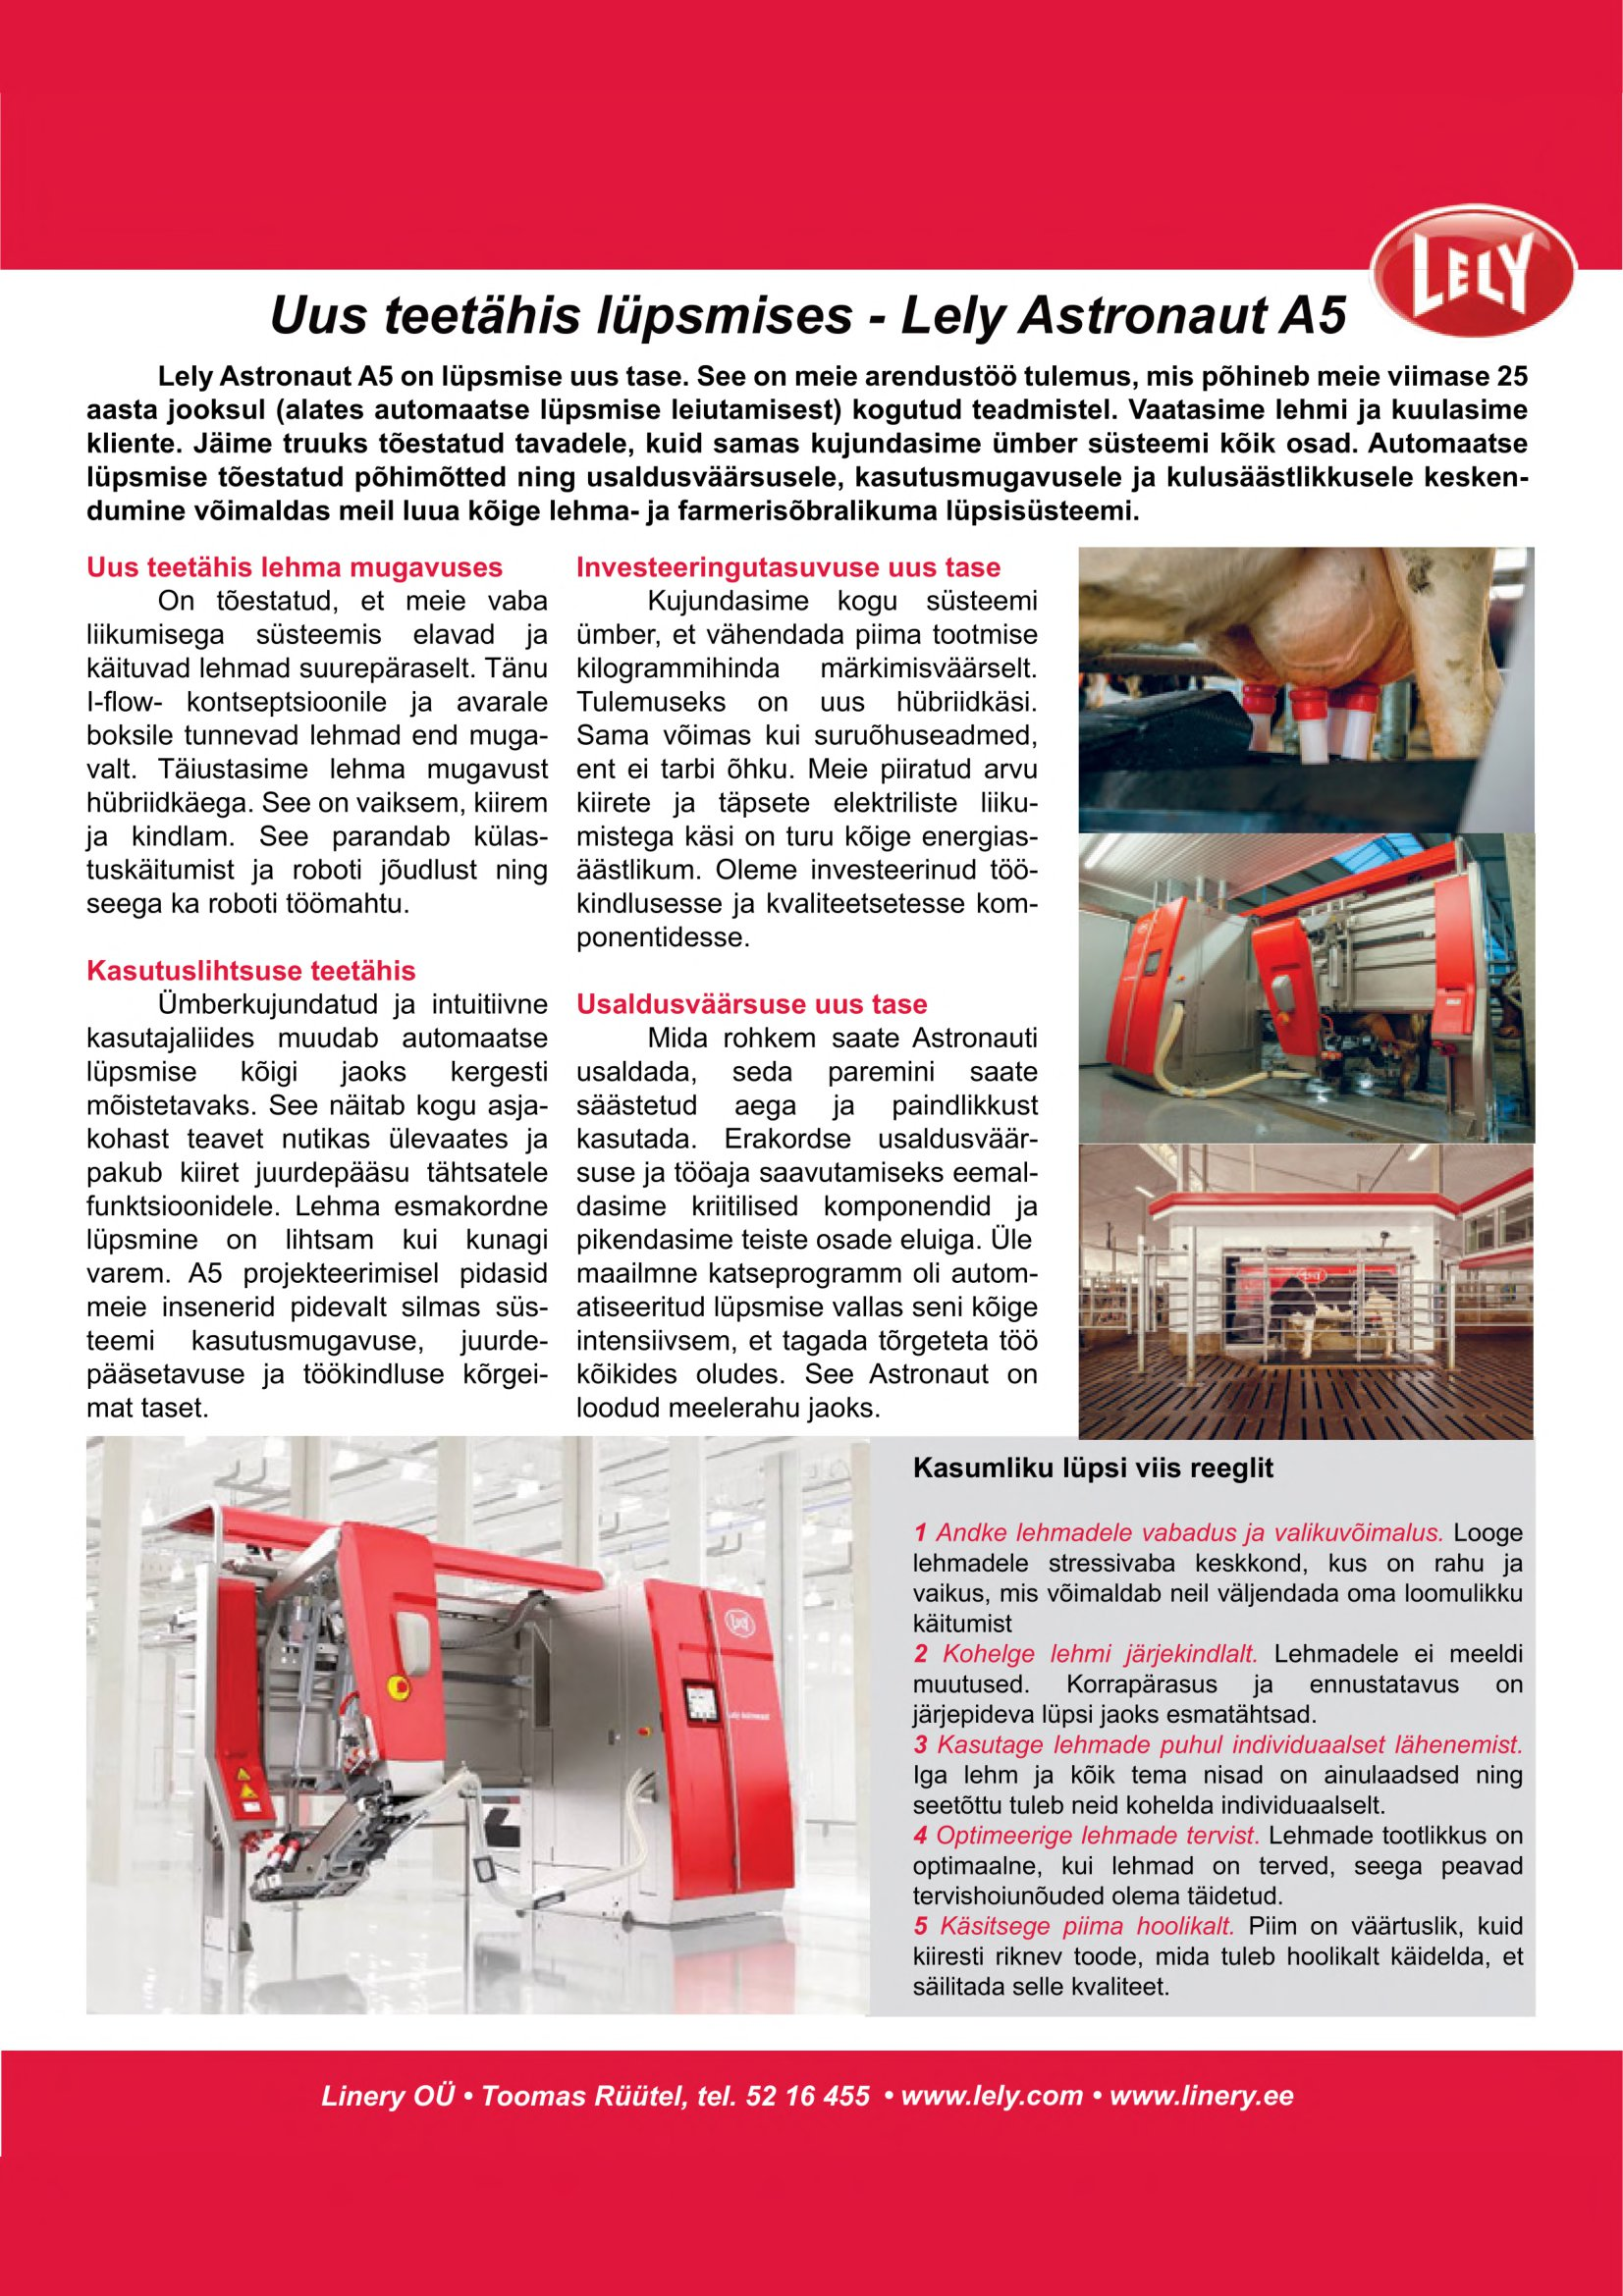
Language: et